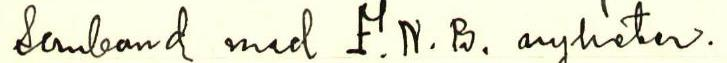
samband med F.N.B. nyheter.